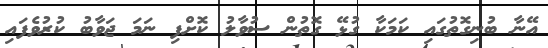
އޭނާ ބުނިގޮތުގައި ކަމަކާ ގުޅޭ ގޮތުން ސުވާލު ކޮށްފި ނަމަ ޖަވާބު ކުރުވެފައި